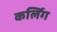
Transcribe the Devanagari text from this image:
कर्लिग